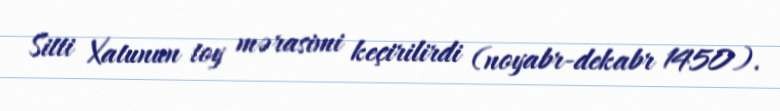
Sitti Xatunun toy mərasimi keçirilirdi (noyabr-dekabr 1450).